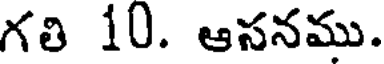
గలి 10. ఆసనము.